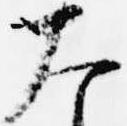
大